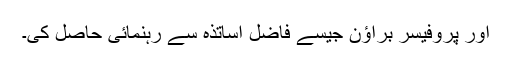
اور پروفیسر براؤن جیسے فاضل اساتذہ سے رہنمائی حاصل کی۔